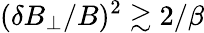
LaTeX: (\delta B_{\perp}/B)^{2}\gtrsim 2/\beta